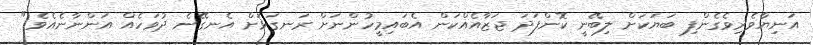
އަނިޔާވެރިވެގެންފި ބަޔަކަށް ލިބޭނީ ކޮންފަދަ ޖަޒާއެއްކަން އެބައިމީހުންނަށް ރަނގަޅަށް އެނގޭނެ ދުވަހެއް އަންނާނެއެވެ."